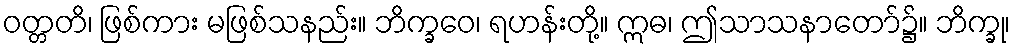
ဝတ္တတိ၊ ဖြစ်ကား မဖြစ်သနည်း။ ဘိက္ခဝေ၊ ရဟန်းတို့။ ဣဓ၊ ဤသာသနာတော်၌။ ဘိက္ခု၊